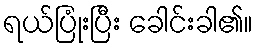
ရယ်ပြုံးပြီး ခေါင်းခါ၏။